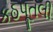
કઠપૂતલી